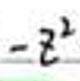
$-z^{2}$